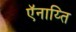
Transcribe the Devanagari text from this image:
ऍनाय्ति